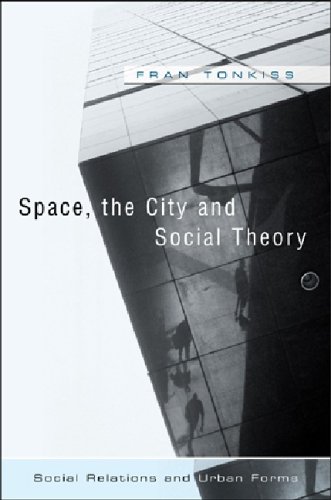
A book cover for Space, the City and Social Theory: Social Relations and Urban Forms; Fran Tonkiss; Politics & Social Sciences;